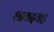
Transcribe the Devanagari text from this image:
शायदयह